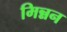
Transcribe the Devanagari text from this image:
मिन्नन